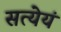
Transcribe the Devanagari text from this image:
सत्येयं